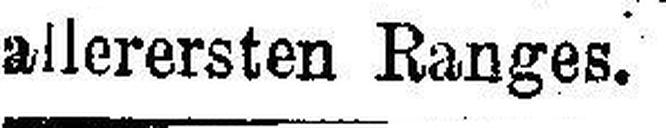
allerersten Ranges.